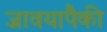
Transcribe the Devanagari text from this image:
जावयापैकी